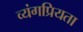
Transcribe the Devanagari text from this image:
व्यंगप्रियता